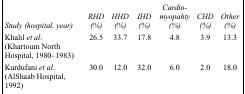
| Study (hospital, year) | RHD (%) | HHD (%) | IHD (%) | Cardiomyopahty (%) | CHD (%) | Other (%) |
 | --- | --- | --- | --- | --- | --- | --- |
 | Khalil et al. (Khartoum North Hospital, 1980–1983) | 26.5 | 33.7 | 17.8 | 4.8 | 3.9 | 13.3 |
 | Kurdufani et al. (AlShaab Hospital, 1992) | 30.0 | 12.0 | 32.0 | 6.0 | 2.0 | 18.0 |